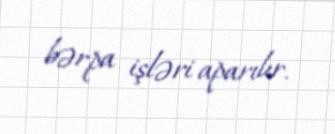
bərpa işləri aparılır.